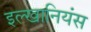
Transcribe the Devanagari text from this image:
इल्खानियंस